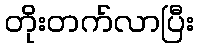
တိုးတက်လာပြီး